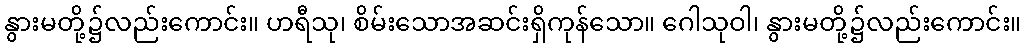
နွားမတို့၌လည်းကောင်း။ ဟရီသု၊ စိမ်းသောအဆင်းရှိကုန်သော။ ဂေါသုဝါ၊ နွားမတို့၌လည်းကောင်း။